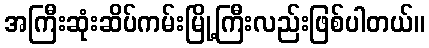
အကြီးဆုံးဆိပ်ကမ်းမြို့ကြီးလည်းဖြစ်ပါတယ်။